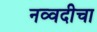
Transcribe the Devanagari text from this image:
नव्वदीचा